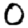
Digit: 0